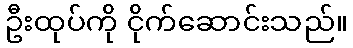
ဦးထုပ်ကို ငိုက်ဆောင်းသည်။